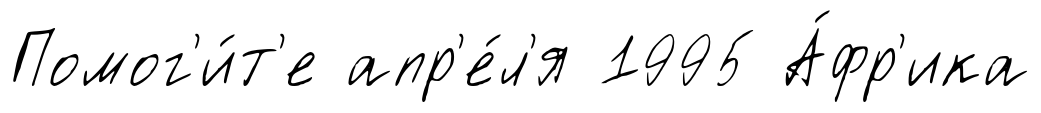
Помог'и́т'е апр'е́л'я 1995 А́фр'ика